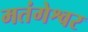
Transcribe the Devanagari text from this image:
मतंगेश्वर